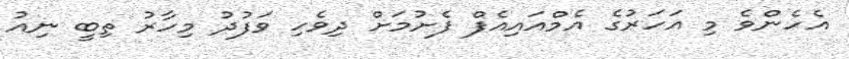
އެހެންވެ މި އަހަރުގެ އެމްއައިއެފް ފެށުމަށް ދިވެހި ވަފުދު މިހާރު ތިބީ ނިއު